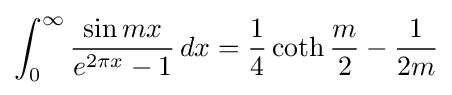
\int _{0}^{\infty }{\frac {\sin mx}{e^{2\pi x}-1}}\,dx={\frac {1}{4}}\coth {\frac {m}{2}}-{\frac {1}{2m}}